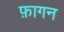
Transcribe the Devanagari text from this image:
फ़ागन